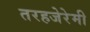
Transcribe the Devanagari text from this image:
तरहजेरेमी